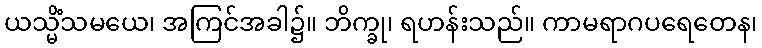
ယသ္မိံသမယေ၊ အကြင်အခါ၌။ ဘိက္ခု၊ ရဟန်းသည်။ ကာမရာဂပရေတေန၊